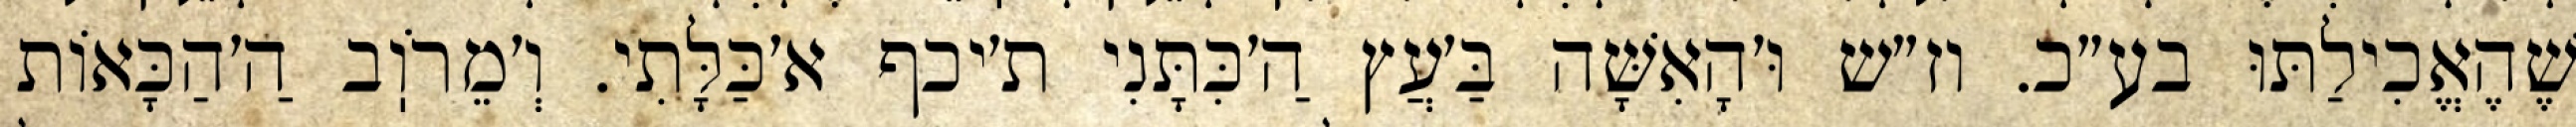
שֶׁהֶאֱכִילַתּוּ בע״כ. וז״ש וּ׳הָאִשָּׁה בַּ׳עֲץ הַ׳כִּתָּנִי ת׳יכף א׳כַּלָּתִי. וְ׳מֵרֹוֽב הַ׳הַכָּאוֹת